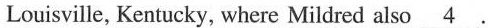
Louisville, Kentucky, where Mildred also \underline{4}.